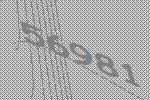
56981